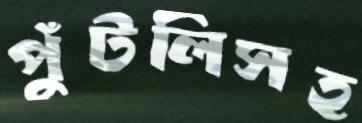
পুঁটলিসহ